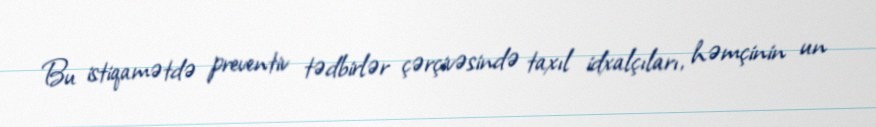
Bu istiqamətdə preventiv tədbirlər çərçivəsində taxıl idxalçıları, həmçinin un